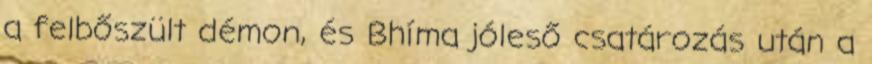
a felbőszült démon, és Bhíma jóleső csatározás után a